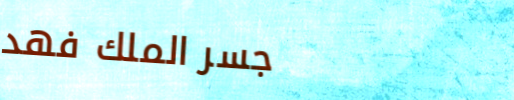
جسر الملك فهد